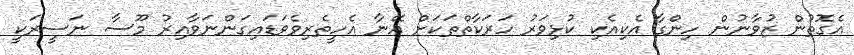
އެގޮތުން ޒުވާނުން ހިންގާ އެކިއެކި ކުޅިވަރު ހަރަކާތްތަކަށް އޭނާ އެހީތެރިވެވަޑައިގަންނަވާއިރު މޫސާ ނަސީރަކީ